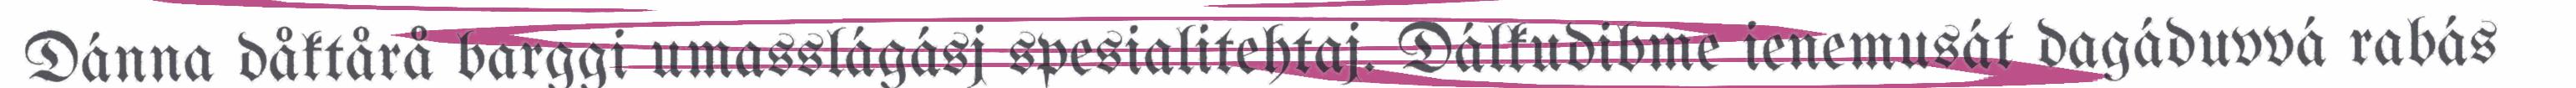
Dánna dåktårå barggi umasslágásj spesialitehtaj. Dálkudibme ienemusát dagáduvvá rabás